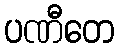
ပဏီတေ